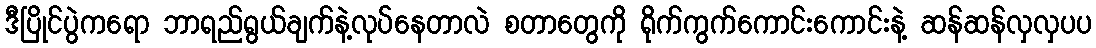
ဒီပြိုင်ပွဲကရော ဘာရည်ရွယ်ချက်နဲ့လုပ်နေတာလဲ စတာတွေကို ရိုက်ကွက်ကောင်းကောင်းနဲ့ ဆန်ဆန်လှလှပပ